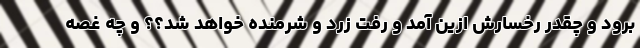
برود و چقدر رخسارش ازین آمد و رفت زرد و شرمنده خواهد شد؟؟ و چه غصه